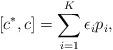
LaTeX: \begin{align*}[c^*,c]=\sum_{i=1}^K \epsilon_ip_i,\end{align*}